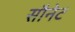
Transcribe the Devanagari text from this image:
सौनेट